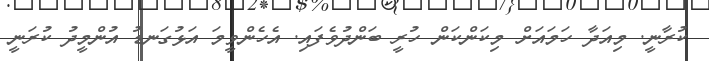
ކުރާނީ. މިއަދާ ހަމައަށް މިކަންކަން ހުރީ ބަންދުވެފައި. އެހެންވީމަ އަޅުގަނޑު އުންމީދު ކުރަނީ